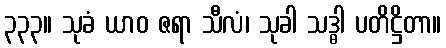
၃၃၃။ သုခံ ယာဝ ဇရာ သီလံ၊ သုခါ သဒ္ဓါ ပတိဋ္ဌိတာ။